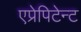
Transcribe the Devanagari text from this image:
एप्रेपिटेन्ट